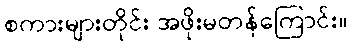
စကားများတိုင်း အဖိုးမတန်ကြောင်း။